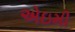
એઇમી